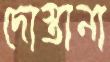
দোস্তানা